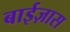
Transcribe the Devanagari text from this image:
बाईज़ास